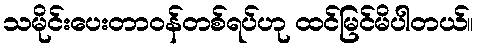
သမိုင်းပေးတာဝန်တစ်ရပ်ဟု ထင်မြင်မိပါတယ်။